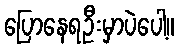
ပြောနေရဦးမှာပဲပေါ့။